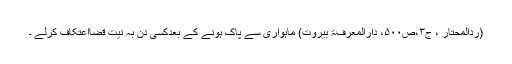
(ردالمحتار ، ج۳،ص۵۰۰، دارالمعرفۃ بیروت) ماہواری سے پاک ہونے کے بعدکسی دن بہ نیّت قضااِعْتِکاف کرلے ۔